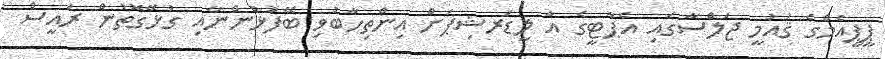
ޕީޕީއެމްގެ ޤައުމީ ޖަލްސާގައި އެޕާޓީގެ އާ ލީޑަރޝިޕަށް އިންތިހާބުވި ބޭފުޅުންނާއި ގުޅޭގޮތުން ރައީސް